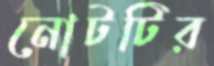
নোটটির